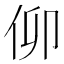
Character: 𠇩